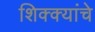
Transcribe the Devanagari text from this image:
शिक्क्यांचे